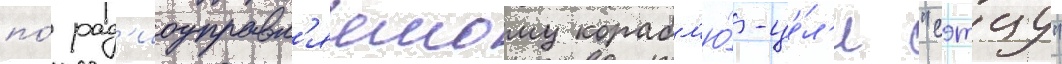
по́ рад'иоуправл'яемому корабл'ю́-це́л'и "сэтцу"